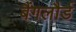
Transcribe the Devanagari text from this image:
बैंगलौर्ड